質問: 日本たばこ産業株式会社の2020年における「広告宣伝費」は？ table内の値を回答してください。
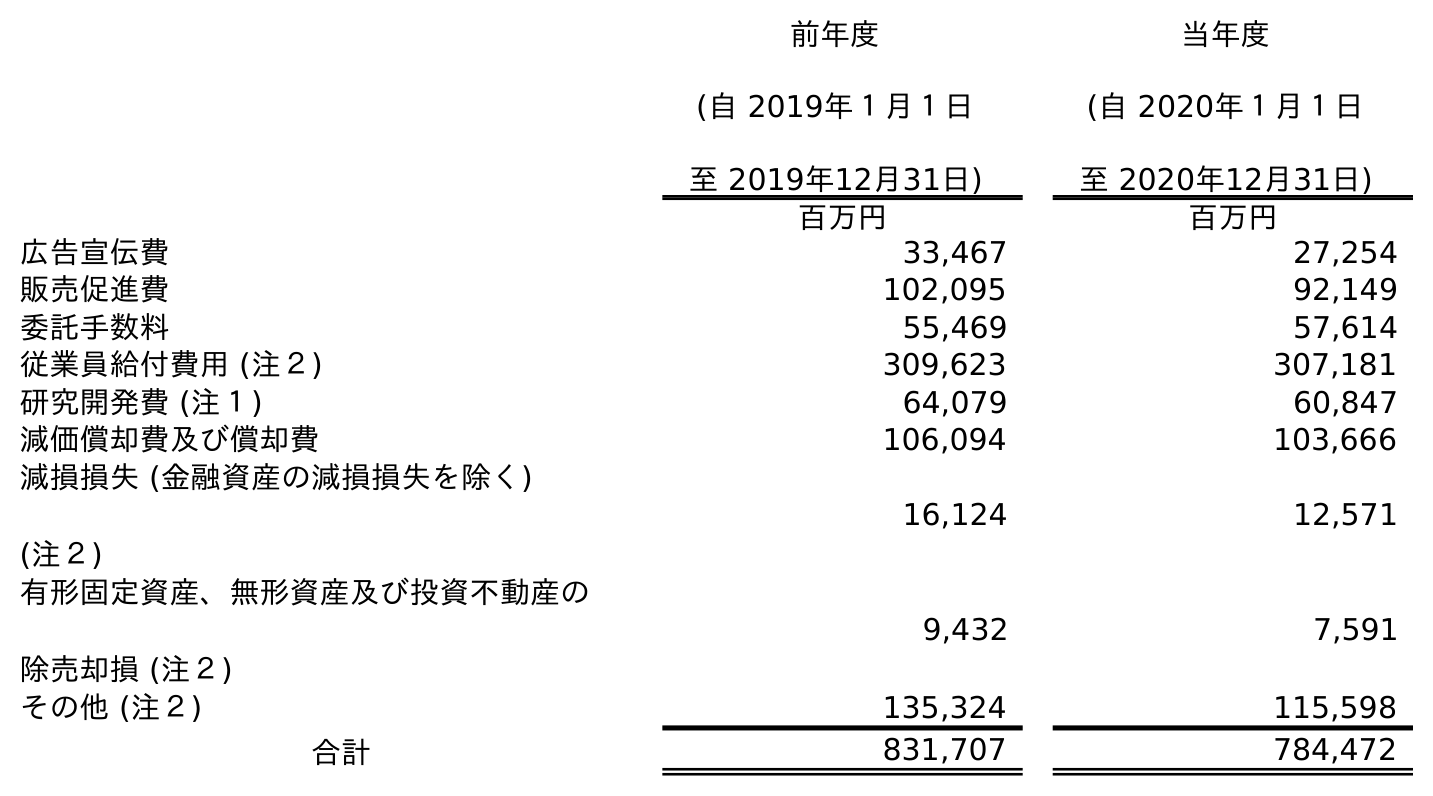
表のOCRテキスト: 前年度 (自 2019年１月１日 至 2019年12月31日) 当年度 (自 2020年１月１日 至 2020年12月31日) 百万円 百万円 広告宣伝費 33,467 27,254 販売促進費 102,095 92,149 委託手数料 55,469 57,614 従業員給付費用 (注２) 309,623 307,181 研究開発費 (注１) 64,079 60,847 減価償却費及び償却費 106,094 103,666 減損損失 (金融資産の減損損失を除く) (注２) 16,124 12,571 有形固定資産、無形資産及び投資不動産の 除売却損 (注２) 9,432 7,591 その他 (注２) 135,324 115,598 合計 831,707 784,472
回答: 27,254